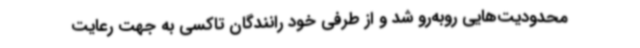
محدودیت‌هایی روبه‌رو شد و از طرفی خود رانندگان تاکسی به جهت رعایت